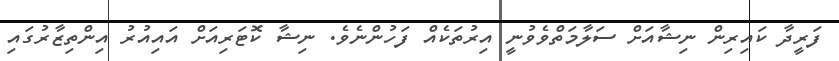
ފަރީދާ ކައިރިން ނިޝާއަށް ސަލާމަތްވެވުނީ އިރުތަކެއް ފަހުންނެވެ. ނިޝާ ކޮޓަރިއަށް އައިއުރު އިންތިޒާރުގައި